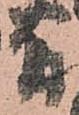
間